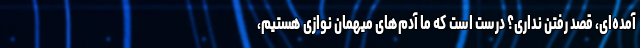
آمده‌ای، قصد رفتن نداری؟ درست است که ما آدم‌های میهمان نوازی هستیم،